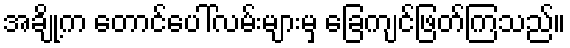
အချို့က တောင်ပေါ်လမ်းများမှ ခြေကျင်ဖြတ်ကြသည်။